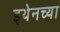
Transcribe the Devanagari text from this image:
इथेनच्या